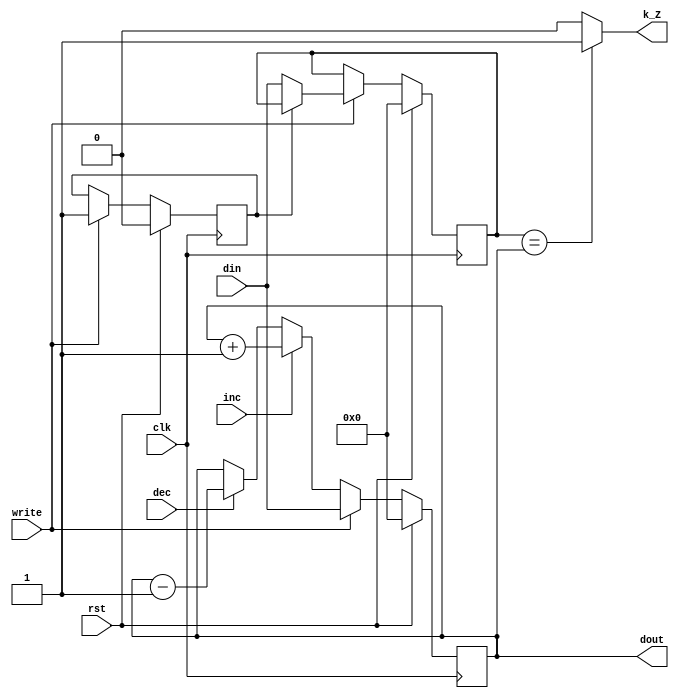
module reg_K (din, dout, clk, write,rst,inc,dec,k_Z);

input clk, write, rst, inc, dec;
input [7:0] din;
output reg [7:0] dout = 8'd0;
output reg k_Z=1;
  
reg [7:0] k_ref = 8'd0;
reg tog=0;

always @(dout,k_ref)
	begin
		if(k_ref == dout) k_Z <=1;
		else 			   	k_Z <=0;
	end
	
always @ ( posedge clk )
	begin
		if (rst ==1 )
			begin
				tog   <= 0;
				dout  <= 8'd0;
				k_ref <= 8'd0;
			end
		else if (write == 1) 
			begin
				dout <= din;
				if ( tog == 0)
					begin
						k_ref <= din;
						tog   <= 1;
					end
			end
		else if (inc == 1) dout <= dout + 1;
		else if (dec == 1) dout <= dout - 1;
	end

endmodule